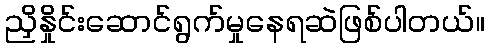
ညှိနှိုင်းဆောင်ရွက်မှုနေရဆဲဖြစ်ပါတယ်။